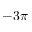
- 3 \pi